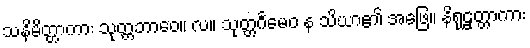
သနိမိတ္တာကား သုတ္တဘာဝေ။ လ။ သုတ္တင်္ဂမေဝ န သိယာ၏ အဖြေ။ နိရုဠှတ္တာကား